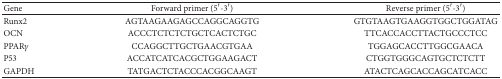
<table><thead><tr><td><b>Gene</b></td><td><b>Forward primer (5′-3′)</b></td><td><b>Reverse primer (5′-3′)</b></td></tr></thead><tbody><tr><td>Runx2</td><td>AGTAAGAAGAGCCAGGCAGGTG</td><td>GTGTAAGTGAAGGTGGCTGGATAG</td></tr><tr><td>OCN</td><td>ACCCTCTCTCTGCTCACTCTGC</td><td>TTCACCACCTTACTGCCCTCC</td></tr><tr><td>PPAR<i>γ</i></td><td>CCAGGCTTGCTGAACGTGAA</td><td>TGGAGCACCTTGGCGAACA</td></tr><tr><td>P53</td><td>ACCATCATCACGCTGGAAGACT</td><td>CTGGTGGGCAGTGCTCTCTT</td></tr><tr><td>GAPDH</td><td>TATGACTCTACCCACGGCAAGT</td><td>ATACTCAGCACCAGCATCACC</td></tr></tbody></table>